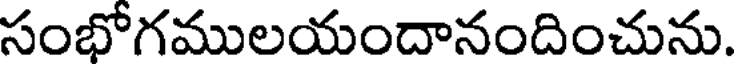
సంభోగములయందానందించును.